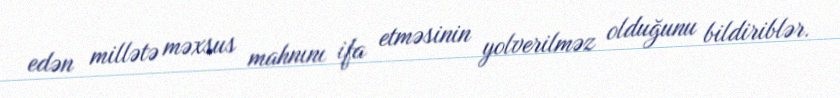
edən millətə məxsus mahnını ifa etməsinin yolverilməz olduğunu bildiriblər.